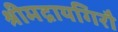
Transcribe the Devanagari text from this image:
श्रीमद्रायगिरौ